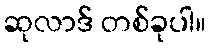
ဆုလာဒ် တစ်ခုပါ။